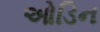
ઓડિન